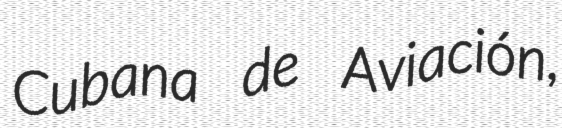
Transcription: Cubana de Aviación,